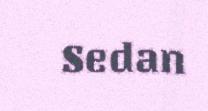
Sedan